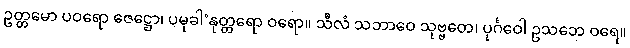
ဥတ္တမော ပဝရော ဇေဋ္ဌော၊ ပမုခါ’နုတ္တရော ဝရော။ သီလံ သဘာဝေ သုဗ္ဗတေ၊ ပုင်္ဂဝေါ ဥသဘေ ဝရေ။